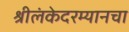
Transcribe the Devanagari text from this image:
श्रीलंकेदरम्यानचा